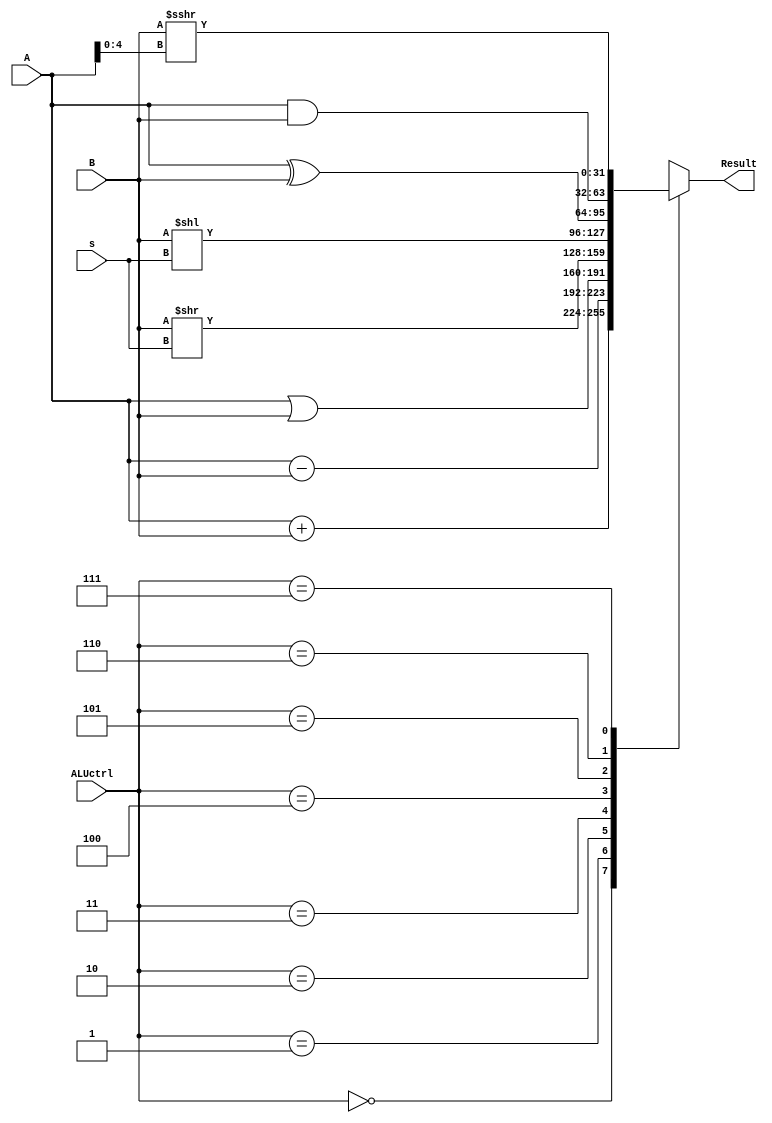
`timescale 1ns / 1ps
//////////////////////////////////////////////////////////////////////////////////
// Company: 
// Engineer: 
// 
// Design Name: 
// Module Name:    ALU 
// Project Name: 
// Target Devices: 
// Tool versions: 
// Description: 
//
// Dependencies: 
//
// Revision: 
// Revision 0.01 - File Created
// Additional Comments: 
//
//////////////////////////////////////////////////////////////////////////////////
module ALU(A,B,Result,ALUctrl,s   //////
    );
	 input [31:0]A;
	 input [31:0]B;
	 input [2:0]ALUctrl;
	 input [4:0]s;
	 output reg [31:0]Result;
	 always @* begin
	   case(ALUctrl)
		  0:Result=A+B;
		  1:Result=A-B;
		  2:Result=A|B;
		  3:Result=B>>s;
		  4:Result=B<<s;
		  5:Result=A^B;
		  6:Result=A&B;
		  7:Result=$signed(B)>>>A[4:0];
		  default:Result=32'bx;
		  endcase
		end
endmodule